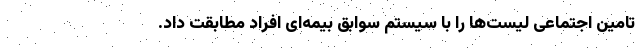
تامین اجتماعی لیست‌ها را با سیستم سوابق بیمه‌ای افراد مطابقت داد.